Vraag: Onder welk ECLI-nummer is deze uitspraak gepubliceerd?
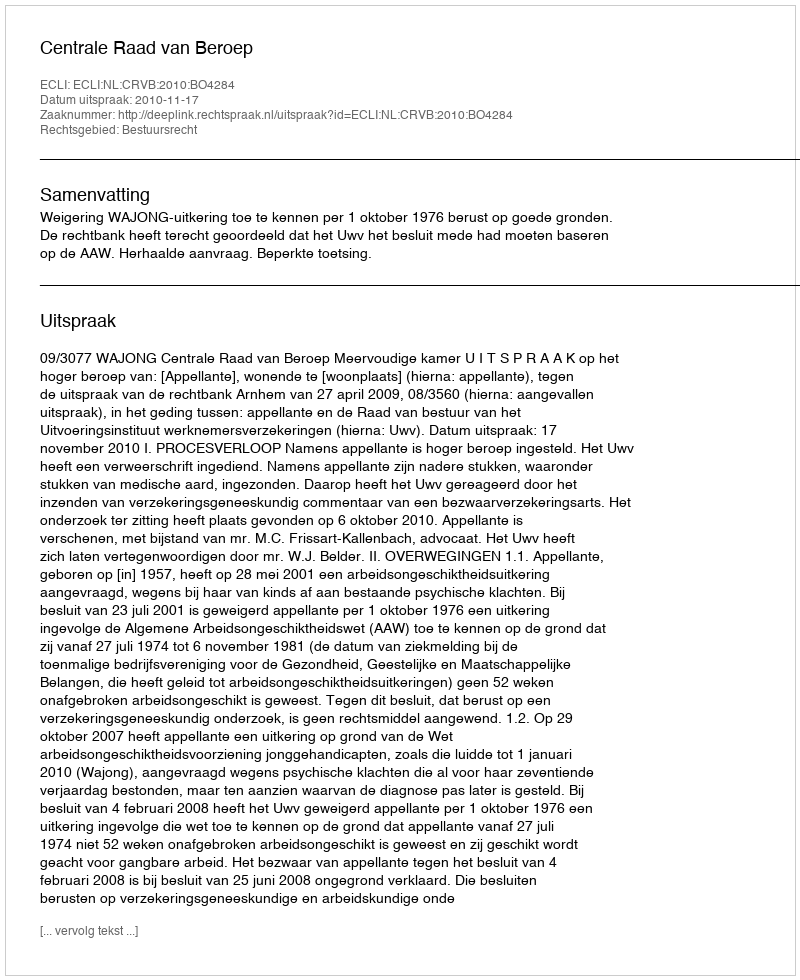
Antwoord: ECLI:NL:CRVB:2010:BO4284